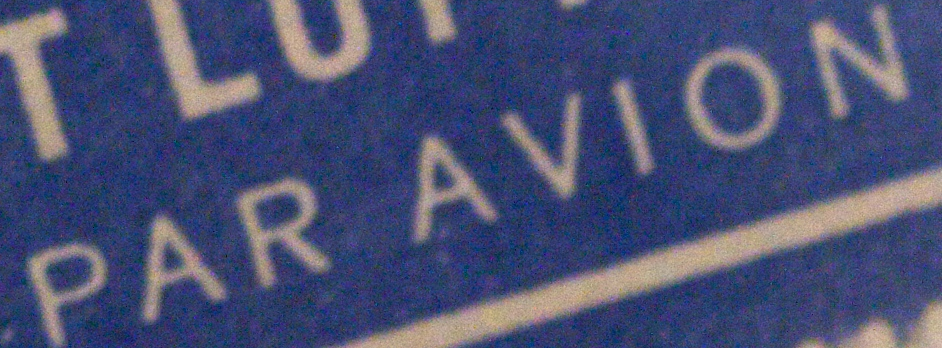
PAR AVION